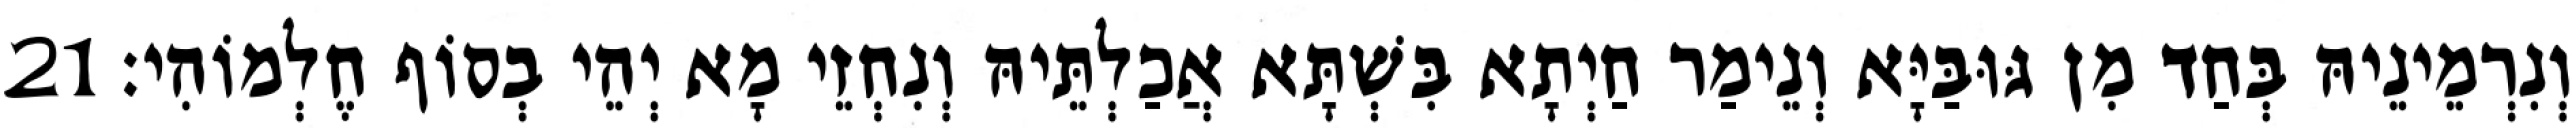
וְנִרְמֵינֵיהּ בְּחַד מִן גּוּבַּיָּא וְנֵימַר חַיְתָא בִּשְׁתָּא אֲכַלְתֵּיהּ וְנִחְזֵי מָא יְהֵי בְסוֹף חֶלְמוֹהִי׃ 21